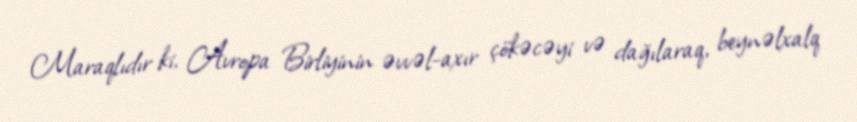
Maraqlıdır ki, Avropa Birliyinin əvvəl-axır çökəcəyi və dağılaraq, beynəlxalq